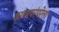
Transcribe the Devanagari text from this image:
काव्यपरंपरेला